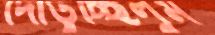
দৌড়ুচ্ছিলুম